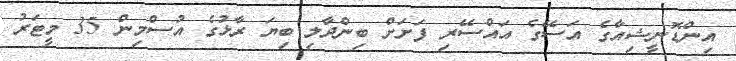
އިންޑޮނީޝިއާގެ އަސޭގެ އައްސޭރި ފަށަށް ބިންދާލި ބިޔަ ރާޅުގެ އުސްމިން 35 މީޓަރު